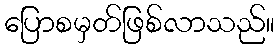
ပြောစမှတ်ဖြစ်လာသည်။